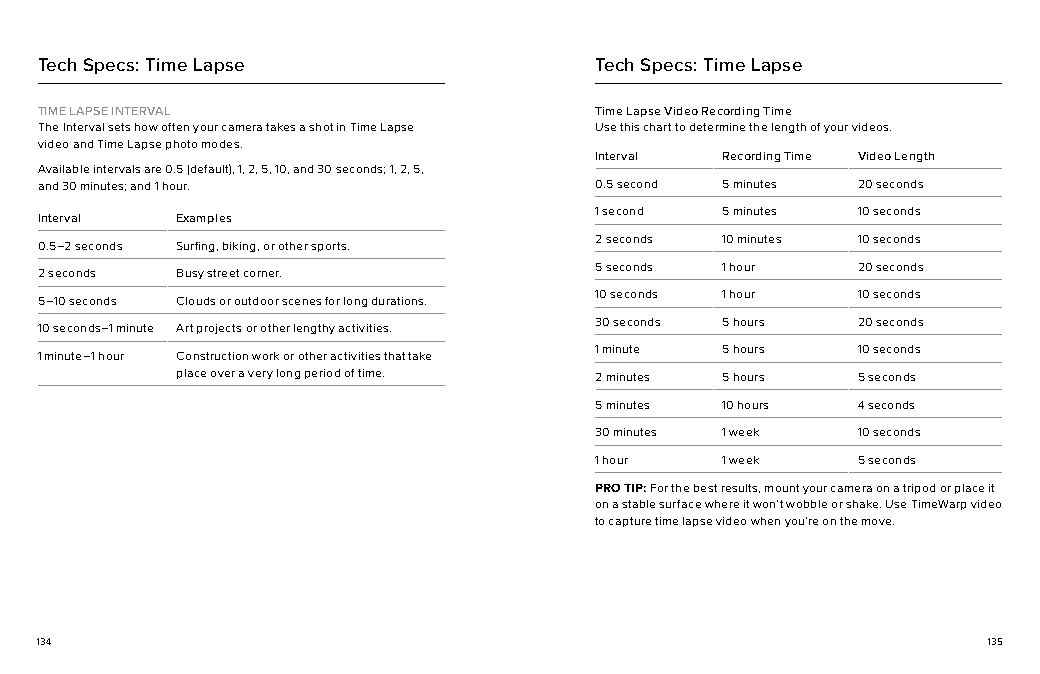
Tech Specs: Time Lapse               Tech Specs: Time Lapse
 TIME LAPSE INTERVAL                 Time Lapse Video Recording Time
 The Interval sets how often your camera takes a shot in Time Lapse Use this chart to determine the length of your videos.
 video and Time Lapse photo modes.
 Interval Recording Time Video Length
 Available intervals are 0.5 (default), 1, 2, 5, 10, and 30 seconds; 1, 2, 5,
 and 30 minutes; and 1 hour.         0.5 second 5 minutes 20 seconds
 1 second 5 minutes 10 seconds
 Interval Examples
 2 seconds 10 minutes 10 seconds
 0.5–2 seconds Surfing, biking, or other sports.
 5 seconds 1 hour  20 seconds
 2 seconds Busy street corner.
 10 seconds 1 hour 10 seconds
 5–10 seconds Clouds or outdoor scenes for long durations.
 30 seconds 5 hours 20 seconds
 10 seconds–1 minute Art projects or other lengthy activities.
 1 minute 5 hours  10 seconds
 1 minute–1 hour Construction work or other activities that take
 place over a very long period of time. 2 minutes 5 hours 5 seconds
 5 minutes 10 hours 4 seconds
 30 minutes 1 week 10 seconds
 1 hour   1 week   5 seconds
 PRO TIP: For the best results, mount your camera on a tripod or place it
 on a stable surface where it won’t wobble or shake. Use TimeWarp video
 to capture time lapse video when you’re on the move.
 134                                                            135